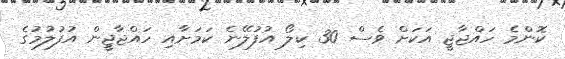
ކޮންމެ ހައްޖާޖީ އަކަށް ވެސް 30 ކިލޯ އުފުލޭނެ ކަމަށާއި ހައްޖާޖީން އުފުލުމުގެ